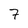
Character: 7